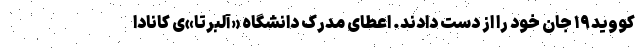
کووید۱۹ جان خود را از دست دادند. اعطای مدرک دانشگاه «آلبرتا»ی کانادا